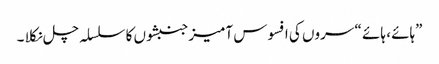
”ہائے ، ہائے “ سروں کی افسوس آمیز جنبشوں کا سلسلہ چل نکلا ۔